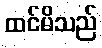
ထင်မိသည်